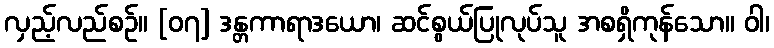
လှည့်လည်စဉ်။ [၀၇] ဒန္တကာရာဒယော၊ ဆင်စွယ်ပြုလုပ်သူ အစရှိကုန်သော။ ဝါ၊